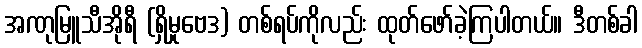
အဏုမြူသီအိုရီ (ရှိမှုဗေဒ) တစ်ရပ်ကိုလည်း ထုတ်ဖော်ခဲ့ကြပါတယ်။ ဒီတစ်ခါ